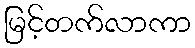
မြင့်တက်လာကာ